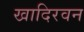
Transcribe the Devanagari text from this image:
खादिरवन